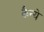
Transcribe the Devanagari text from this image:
कैन्ये